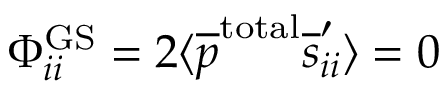
\Phi _ { i i } ^ { \mathrm { G S } } = 2 \langle \overline { { p } } ^ { \mathrm { t o t a l } } \overline { { s } } _ { i i } ^ { \prime } \rangle = 0